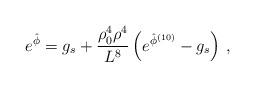
LaTeX: \begin{align*}e^{\hat \phi} = g_s + { \rho_0^4 \rho^4\over L^8} \left(e^{\hat \phi^{(10)}} - g_s \right) \, ,\end{align*}